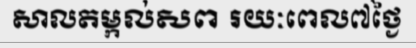
សាលតម្កល់សព រយៈពេល៧ថ្ងៃ